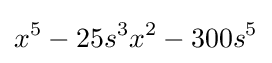
x^{5}-25s^{3}x^{2}-300s^{5}